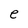
Character: e